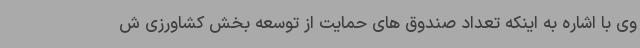
وی با اشاره به اینکه تعداد صندوق های حمایت از توسعه بخش کشاورزی ش